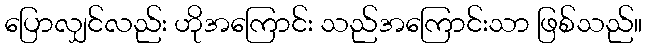
ပြောလျှင်လည်း ဟိုအကြောင်း သည်အကြောင်းသာ ဖြစ်သည်။